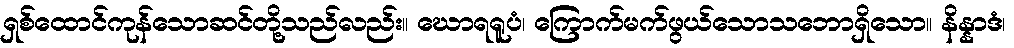
ရှစ်ထောင်ကုန်သောဆင်တို့သည်လည်း။ ဃောရရူပံ၊ ကြောက်မက်ဖွယ်သောသဘောရှိသော။ နိန္နာဒံ၊